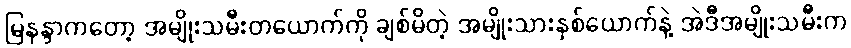
မြနန္ဒာကတော့ အမျိုးသမီးတယောက်ကို ချစ်မိတဲ့ အမျိုးသားနှစ်ယောက်နဲ့ အဲဒီအမျိုးသမီးက